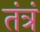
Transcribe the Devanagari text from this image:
तंत्रं